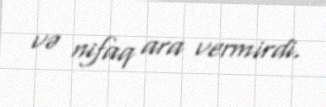
və nifaq ara vermirdi.